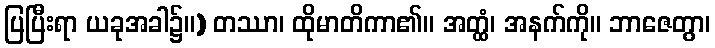
ပြပြီးရာ ယခုအခါ၌။) တဿာ၊ ထိုမာတိကာ၏။ အတ္ထံ၊ အနက်ကို။ ဘာဇေတွာ၊